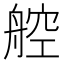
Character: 𬜖